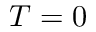
T = 0